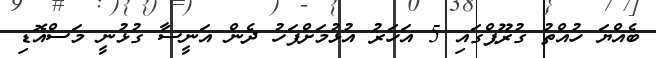
ބެއްޔަ ހުއްތު ގުރޫޕްގައި 5 އަހަރު އުޅުމަށްފަހު ދެން އަނީސާ ގުޅުނީ މަސްއޮޑި